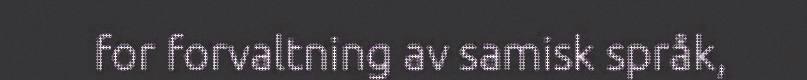
for forvaltning av samisk språk,